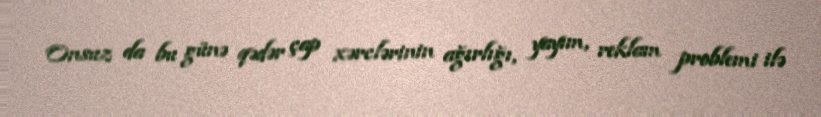
Onsuz da bu günə qədər çap xərclərinin ağırlığı, yayım, reklam problemi ilə